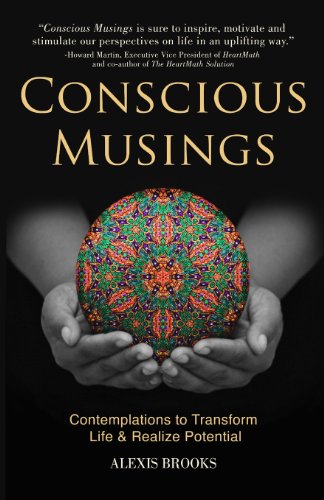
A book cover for Conscious Musings: Contemplations to Transform Life and Realize Potential; Alexis Brooks; Politics & Social Sciences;